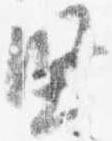
堅